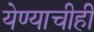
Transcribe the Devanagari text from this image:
येण्याचीही